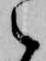
之